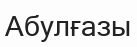
Абулғазы